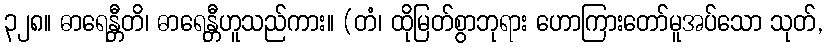
၃၂၈။ ဓာရေန္တီတိ၊ ဓာရေန္တီဟူသည်ကား။ (တံ၊ ထိုမြတ်စွာဘုရား ဟောကြားတော်မူအပ်သော သုတ်,